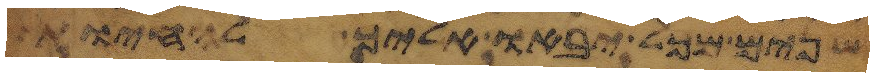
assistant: שנים מכל יבאו אליך להחיות